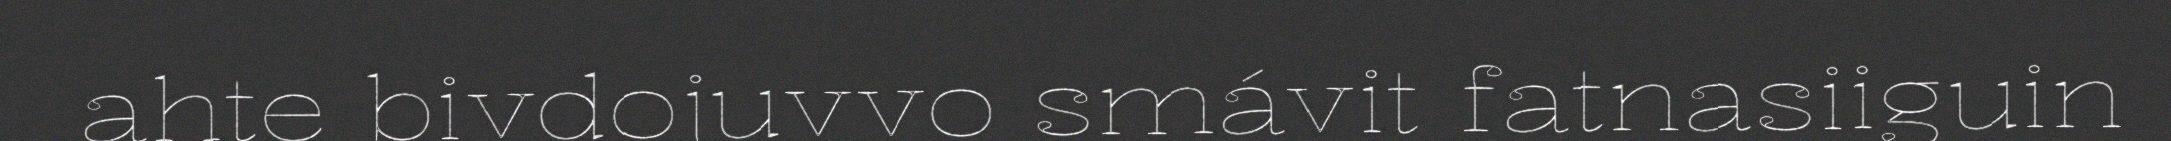
ahte bivdojuvvo smávit fatnasiiguin